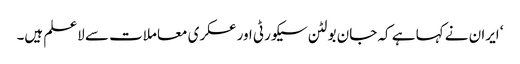
‘ ایران نے کہا ہے کہ جان بولٹن سیکورٹی اور عسکری معاملات سے لاعلم ہیں۔